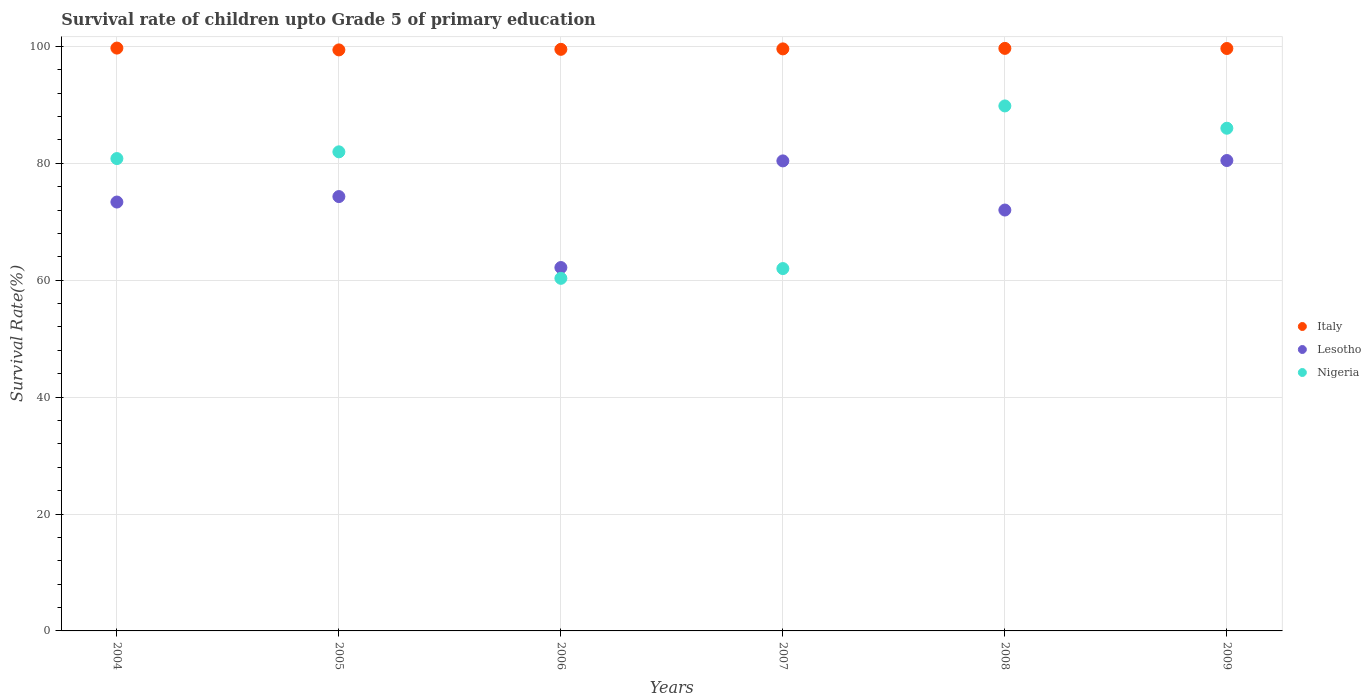
| Years | Italy | Lesotho | Nigeria |
 | --- | --- | --- | --- |
 | 2004 | 99.7 | 73.4 | 80.8 |
 | 2005 | 99.4 | 74.3 | 82 |
 | 2006 | 99.5 | 62.2 | 60.3 |
 | 2007 | 99.6 | 80.4 | 62 |
 | 2008 | 99.7 | 72 | 89.8 |
 | 2009 | 99.6 | 80.5 | 86 |